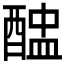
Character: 𨡵